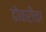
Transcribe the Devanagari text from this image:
ढोकरीचा